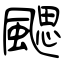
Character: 颸